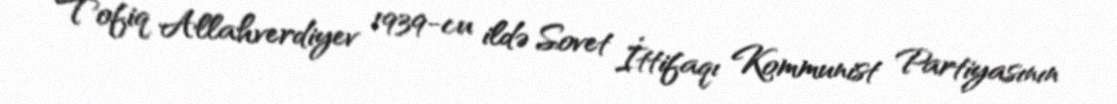
Tofiq Allahverdiyev 1939-cu ildə Sovet İttifaqı Kommunist Partiyasının